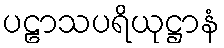
ပဠာသပရိယုဋ္ဌာနံ